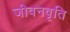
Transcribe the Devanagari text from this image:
जीवनवृति